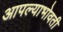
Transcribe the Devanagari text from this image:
आपल्याभोवती